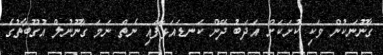
ގާނޫނަކުން ވަކި ކުށަކަށް އަދަބު ދޭން ކަނޑައަޅާފައި ނެތް ނަމަ ގާނޫނުލް އުގޫބާތުގެ